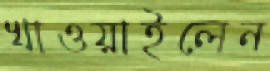
খাওয়াইলেন